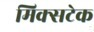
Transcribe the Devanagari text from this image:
मिक्सटेक